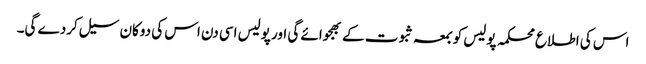
اس کی اطلاع محکمہ پولیس کو بمعہ ثبوت کے بھجوائے گی اور پولیس اسی دن اس کی دوکان سیل کردے گی۔